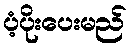
ပံ့ပိုးပေးမည်